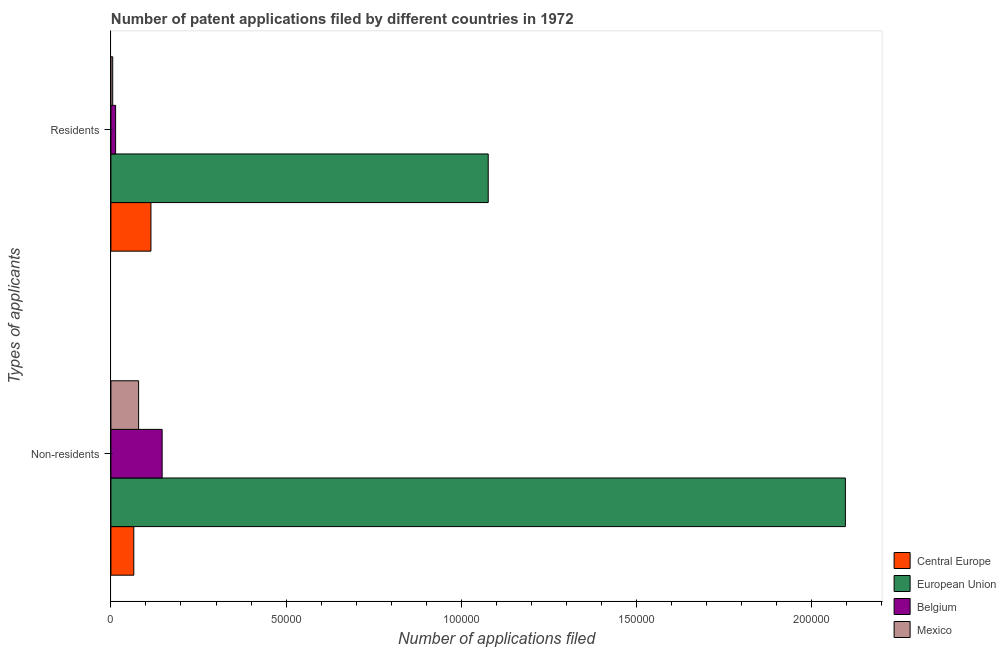
| Types of applicants | Central Europe | European Union | Belgium | Mexico |
 | --- | --- | --- | --- | --- |
 | Non-residents | 6.53e+03 | 2.1e+05 | 1.46e+04 | 7.91e+03 |
 | Residents | 1.14e+04 | 1.08e+05 | 1.34e+03 | 513 |